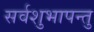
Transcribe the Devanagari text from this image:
सर्वशुभापन्तु